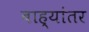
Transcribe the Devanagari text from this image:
बाह्यांतर